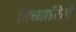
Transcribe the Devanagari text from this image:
विच्यारिले